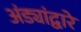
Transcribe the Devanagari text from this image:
अंड्यांद्वारे